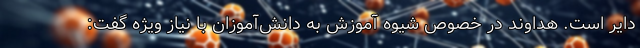
دایر است. هداوند در خصوص شیوه آموزش به دانش‌آموزان با نیاز ویژه گفت:‌